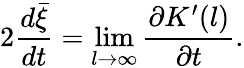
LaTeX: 2{\frac{d\bar{\xi}}{dt}}=\operatorname*{lim}_{l\to\infty}{\frac{\partial K^{\prime}(l)}{\partial t}}.